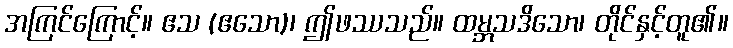
အကြင်ကြောင့်။ ဧသ (ဧသော)၊ ဤဖဿသည်။ ထမ္ဘသဒိသော၊ တိုင်နှင့်တူ၏။